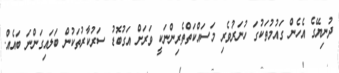
ދުނިޔޭގެ އެހެން ގައުމުތަކުގަ ހުނަރުވެރި މަސައްކަތްތެރިންނަކީ ވަރަށް އަގުބޮޑު ސަރުކާރުތަކުން ބަލައިގަންނަ ބައެއް.